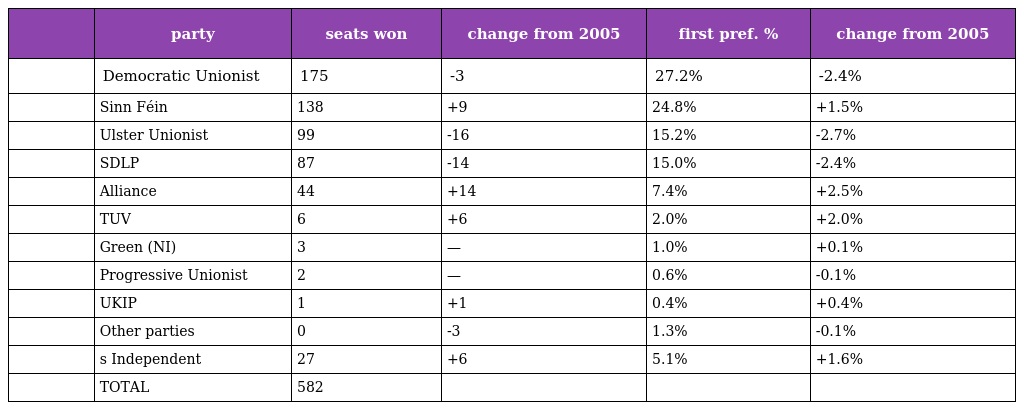
|  | party | seats won | change from 2005 | first pref. % | change from 2005 |
 | --- | --- | --- | --- | --- | --- |
 |  | Democratic Unionist | 175 | -3 | 27.2% | -2.4% |
 |  | Sinn Féin | 138 | +9 | 24.8% | +1.5% |
 |  | Ulster Unionist | 99 | -16 | 15.2% | -2.7% |
 |  | SDLP | 87 | -14 | 15.0% | -2.4% |
 |  | Alliance | 44 | +14 | 7.4% | +2.5% |
 |  | TUV | 6 | +6 | 2.0% | +2.0% |
 |  | Green (NI) | 3 | — | 1.0% | +0.1% |
 |  | Progressive Unionist | 2 | — | 0.6% | -0.1% |
 |  | UKIP | 1 | +1 | 0.4% | +0.4% |
 |  | Other parties | 0 | -3 | 1.3% | -0.1% |
 |  | s Independent | 27 | +6 | 5.1% | +1.6% |
 |  | TOTAL | 582 |  |  |  |